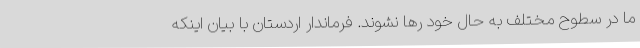
ما در سطوح مختلف به حال خود رها نشوند. فرماندار اردستان با بیان اینکه